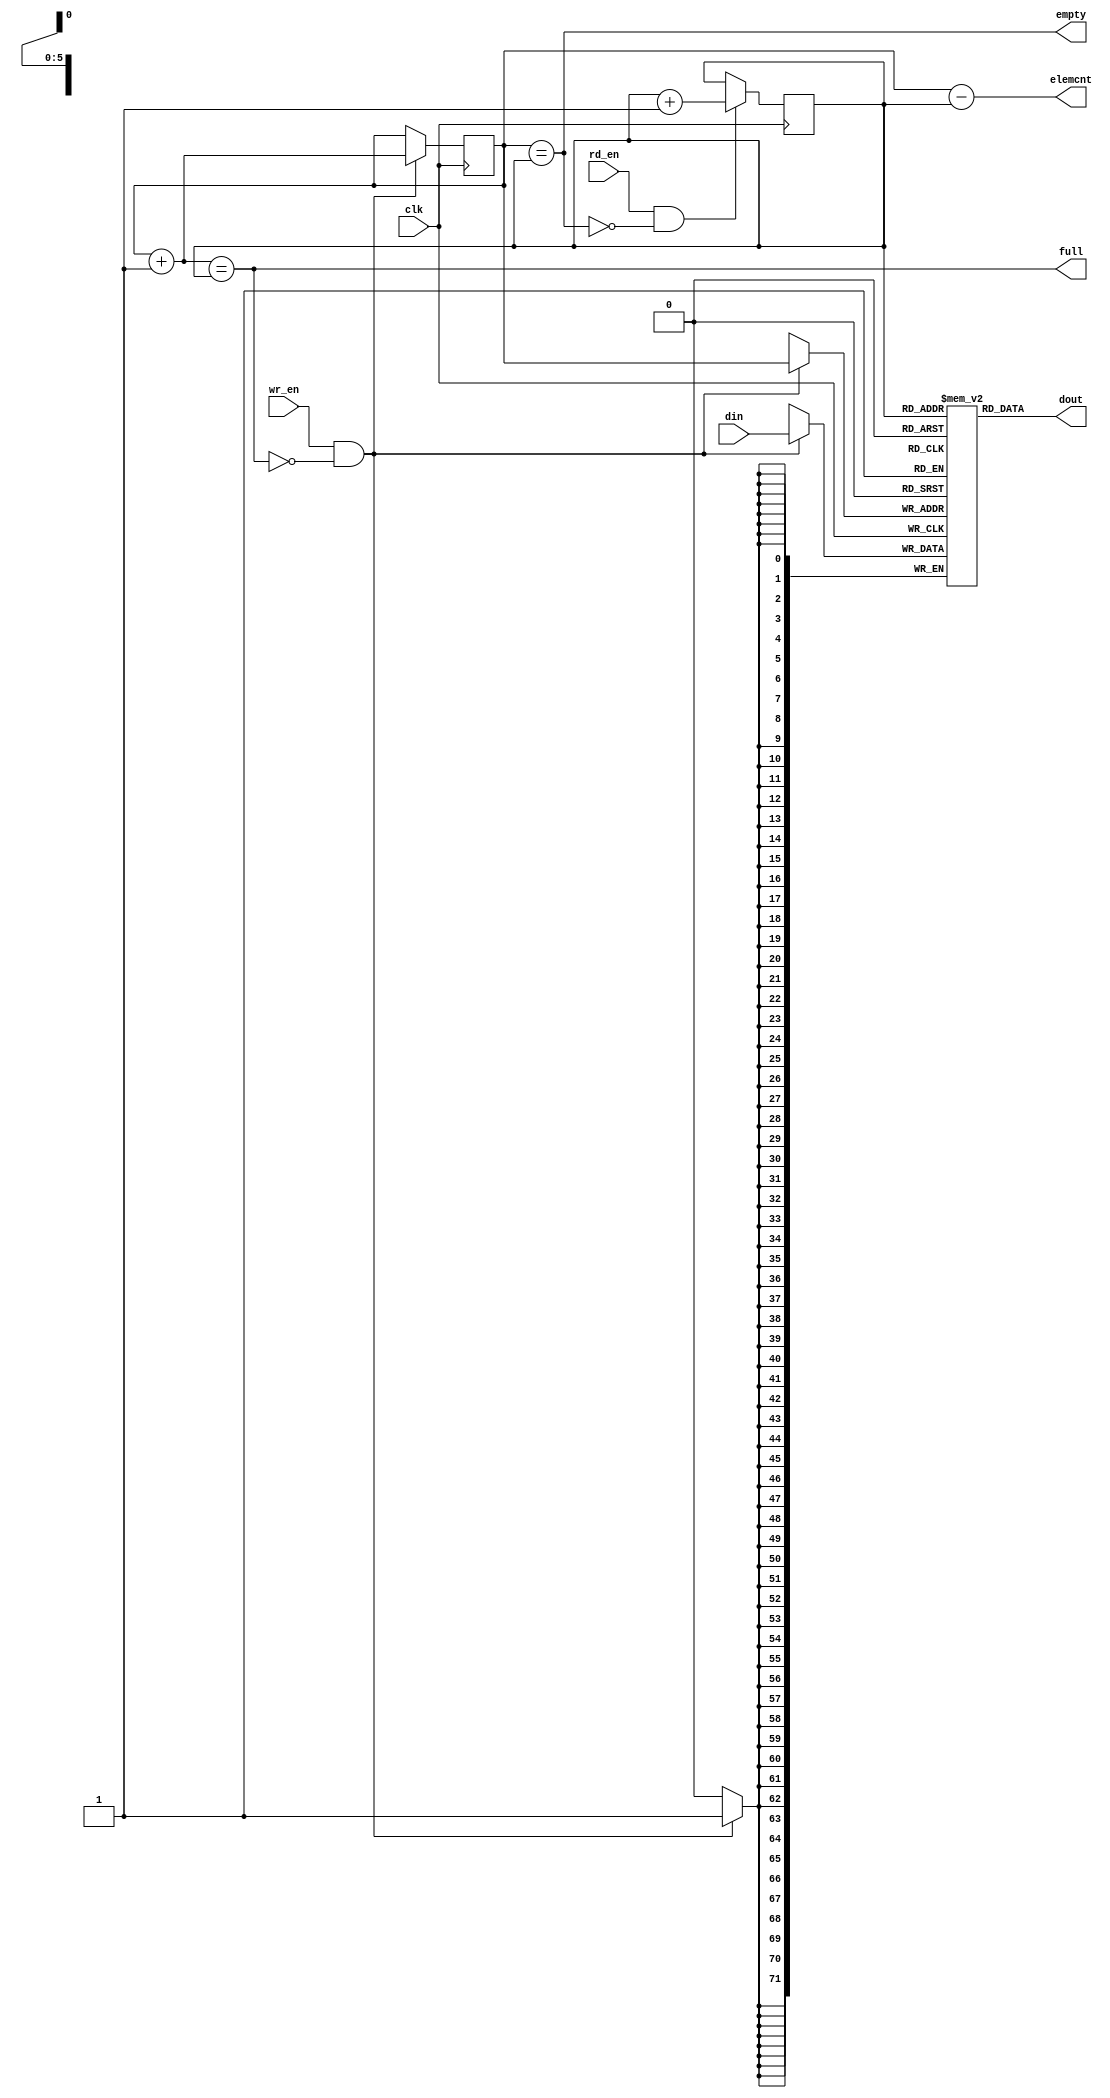
`timescale 1ns / 1ps

module fifo #(
	parameter DATA_WIDTH = 72,
	parameter ADDR_WIDTH = 6
) (
	input clk,
	// write side
	input [DATA_WIDTH - 1 : 0] din,
	input wr_en,
	output full,
	// read side
	output [DATA_WIDTH - 1 : 0] dout,
	input rd_en,
	output empty,

	// status
	output [ADDR_WIDTH - 1 : 0] elemcnt
);

localparam ADDRS = 1 << ADDR_WIDTH;
reg [DATA_WIDTH - 1 : 0] ram[ADDRS - 1 : 0];

reg [ADDR_WIDTH - 1 : 0] rdptr = 0;
reg [ADDR_WIDTH - 1 : 0] wrptr = 0;

wire [ADDR_WIDTH - 1 : 0] next_rdptr = rdptr + 1;
wire [ADDR_WIDTH - 1 : 0] next_wrptr = wrptr + 1;

assign empty = wrptr == rdptr;
assign full = next_wrptr == rdptr;
assign dout = ram[rdptr];
assign elemcnt = wrptr - rdptr;

always @(posedge clk) begin
	if (rd_en && !empty) begin
		rdptr <= next_rdptr;
	end
	if (wr_en && !full) begin
		ram[wrptr] <= din;
		wrptr <= next_wrptr;
	end
end

endmodule